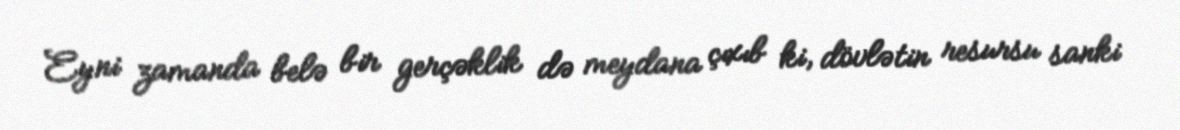
Eyni zamanda belə bir gerçəklik də meydana çıxıb ki, dövlətin resursu sanki